Report on vaccination in Madras 1877-1894 - 1877-1894
Year: 1877
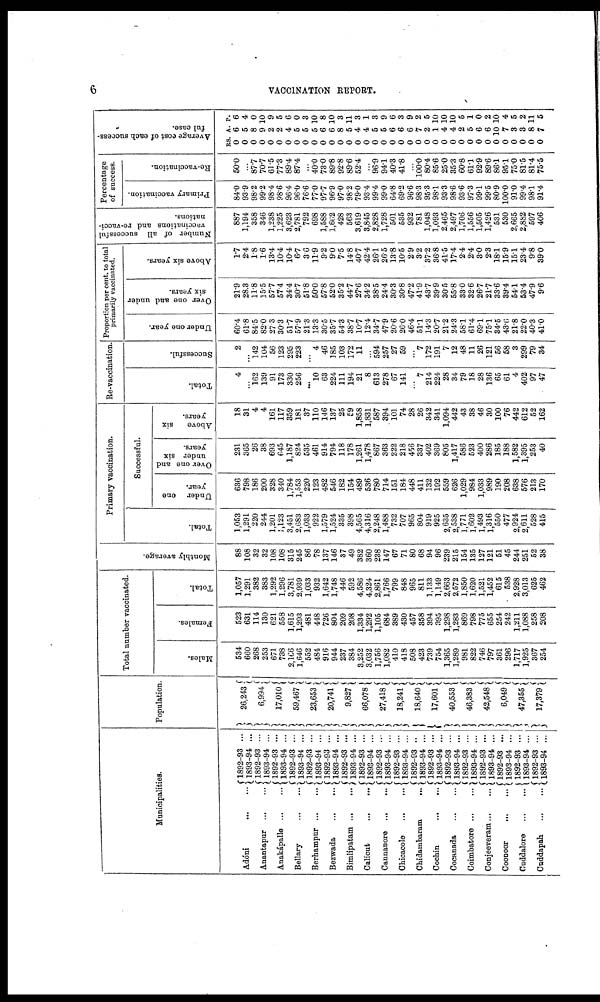
6
VACCINATION REPORT.
Municipalities.
Adóni
...
...
Anantapur
...
...
Anakápalle
...
...
Bellary
...
...
Berhampur
...
...
Bezwada
...
...
Bimlipatam
...
...
Calicut
...
...
Cannanore
...
...
Chicacole
... ...
Chidambaram
...
Cochin
...
...
Cocanada
...
...
Coimbatore
...
...
Conjeeveram ... ...
Coonoor ... ...
Cuddalore
...
...
Cuddapah
...
...
1892-93 ...
1893-94 ...
1892-93 ...
1893-94 ...
1892-93 ...
1893-94 ...
1892-93 ...
1893-94 ...
1892-93 ...
1893-94 ...
1892-93 ...
1893-94 ...
1892-93 ...
1893-94 ...
1892-93 ...
1893-94 ...
1892-93 ...
1893-94 ...
1892-93 ...
1893-94 ...
1892-93 ..
1893-94 ...
1892-93 ...
1893-94 ...
1892-93 ...
1893-94 ...
1892-93 ...
1893-94 ...
1892-93 ...
1893-94 ...
1892-93 ...
1893-94 ...
1892-93 ...
1893-94 ...
1892-93 ...
1893-94 ...
Population.
26,243
6,994
17,010
59,467
23,653
20,741
9,827
66,078
27,418
18,241
18,640
17,601
40,553
46,383
42,548
6,049
47,355
17,379
Total number vaccinated.
Males.
534
660
268
253
671
738
2,166
1,646
552
484
916
944
237
384
3,252
3,032
1,756
1,082
410
418
508
423
739
754
1,365
1,289
981
822
746
797
361
296
1,717
1,925
367
254
Females.
523
631
114
130
621
558
1,615
1,293
481
448
726
804
209
208
1,334
1,292
1,105
684
389
430
457
358
394
395
1,298
1,283
869
798
775
655
254
242
1,211
1,088
258
208
Total.
1,057
1,291
382
383
1,292
1,296
3,781
2,939
1,033
932
1,642
1,748
446
592
4,586
4,324
2,861
1,766
799
848
965
811
1,133
1,149
2,663
2,572
1,850
1,620
1,521
1,452
615
538
2,928
3,013
625
462
Monthly average.
88
108
32
32
108
108
315
245
86
78
137
146
37
49
382
360
238
147
67
71
80
68
94
96
239
215
154
135
127
121
51
45
244
251
52
38
Primary vaccination.
Total.
1,053
1,291
220
244
1,201
1,123
3,451
2,683
1,033
922
1,579
1,524
335
398
4,565
4,316
2,248
1,488
732
707
965
804
919
925
2,635
2,538
1,771
1,602
1,493
1,316
550
477
2,924
2,611
528
415
Successful.
Under one
year.
636
798
186
200
328
340
1,784
1,553
220
123
482
546
182
154
489
536
780
714
151
184
448
411
132
192
559
626
1,029
984
1,033
989
190
208
638
576
213
170
Over one and
under six
years.
231
365
26
38
693
645
1,187
824
535
461
914
794
118
178
1,261
1,478
867
363
222
218
456
337
402
369
805
1,417
586
523
400
286
185
188
1,582
1,395
253
40
Above
six
years.
18
31
4
4
161
117
359
181
37
110
146
137
25
59
1,858
1,831
587
394
101
74
28
26
342
341
1,094
442
43
38
46
30
100
76
442
612
52
162
Re-vaccination.
Total.
4
...
162
139
91
173
330
256
...
10
63
224
111
194
21
8
613
278
67
141
...
7
214
224
28
34
79
18
28
136
65
61
4
402
97
47
Successful.
2
...
142
104
56
123
295
223
...
4
46
185
103
172
11
...
594
257
27
59
...
7
172
191
7
12
48
11
26
121
56
58
3
299
79
34
Proportion per cent. to total
primarily vaccinated.
Under one year.
60.4
61.8
84.5
82.0
27.3
30.3
51.7
57.9
21.3
13.3
30.5
35.7
54.3
38.7
10.7
12.4
34.7
47.9
20.6
26.0
46.4
51.1
14.3
20.7
21.2
24.3
58.1
61.4
69.1
75.1
34.5
43.6
21.8
22.0
40.3
41.0
Over one and under
six years.
21.9
28.3
11.8
15.5
57.7
57.4
34.4
30.7
51.8
50.0
57.8
52.0
35.2
44.7
27.6
34.2
38.5
24.4
30.3
30.8
47.2
41.9
43.7
39.9
30.5
55.8
33.0
32.6
26.7
21.7
33.6
39.4
54.1
53.4
47.9
9.6
Above six years.
1.7
2.4
1.8
1.6
13.4
10.4
10.4
6.7
3.6
11.9
9.2
9.0
7.5
14.8
40.7
42.4
26.1
26.5
13.8
10.5
2.9
3.2
37.2
36.8
41.5
17.4
2.4
2.4
3.0
2.3
18.1
15.9
15.1
23.4
9.8
39.0
Number of all successful
vaccinations and re-vacci-
nations.
887
1,194
358
346
1,238
1,225
3,623
2,781
792
698
1,588
1,662
428
563
3,619
3,845
2,828
1,728
501
535
932
781
1,048
1,093
2,465
2,497
1,706
1,556
1,505
1,426
531
530
2,665
2,882
597
406
Percentage
of success.
Primary vaccination.
84.0
93.9
98.2
99.2
98.4
98.6
96.4
96.0
76.6
77.0
97.7
96.9
97.0
98.2
79.0
93.4
99.4
99.0
64.8
69.2
96.6
98.3
95.3
98.1
93.3
98.6
93.6
97.3
99.1
99.5
80.9
100.0
91.0
99.4
98.1
91.4
Re-vaccination.
50.0
...
87.7
70.7
61.5
77.3
89.4
87.4
...
40.0
73.0
89.8
92.8
89.6
52.4
...
96.9
94.1
40.3
41.8
...
100.0
80.4
85.6
25.0
35.3
60.8
61.1
92.9
89.6
86.1
95.1
75.0
81.5
81.4
75.5
Average cost of each success-
ful case.
RS
0
0
0
0
0
0
0
0
0
0
0
0
0
0
0
0
0
0
0
0
0
0
0
0
0
0
0
0
0
0
0
0
0
0
0
0
A.
6
5
8
9
2
2
4
5
5
5
6
6
8
5
4
4
5
5
6
6
6
7
2
1
4
4
2
5
6
6
10
7
3
3
8
7
P.
6
4
0
10
9
5
6
0
3
10
8
10
3
11
3
1
3
9
6
3
9
2
5
10
10
10
5
1
0
2
10
4
5
2
11
5